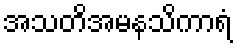
အသတိအမနသိကာရံ